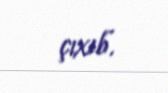
çıxıb.